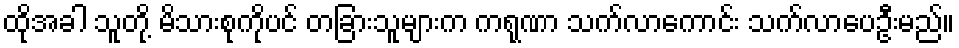
ထိုအခါ သူတို့ မိသားစုကိုပင် တခြားသူများက ကရုဏာ သက်လာကောင်း သက်လာပေဦးမည်။